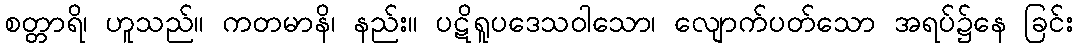
စတ္တာရိ၊ ဟူသည်။ ကတမာနိ၊ နည်း။ ပဋိရူပဒေသဝါသော၊ လျောက်ပတ်သော အရပ်၌နေ ခြင်း